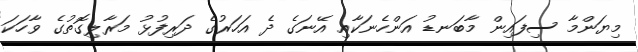
މިޔަންމާ ސިފައިން މާބަނޑު އަންހެނަކާއި އޭނަގެ ދެ އަހަރުގެ ދަރިފުޅު މަރާލިގޮތުގެ ވާހަކަ